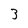
Character: 3